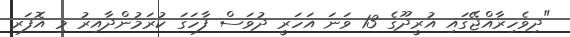
"ދިވެހިރާއްޖޭގައި އުރީދޫގެ 13 ވަނަ އަހަރީ ދުވަސް ފާހަގަ ކުރަމުންދާއިރު މި އޮފަރ